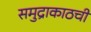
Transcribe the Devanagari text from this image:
समुद्राकाठची